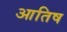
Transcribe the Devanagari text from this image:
आतिष